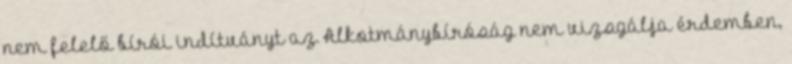
nem felelő bírói indítványt az Alkotmánybíróság nem vizsgálja érdemben,